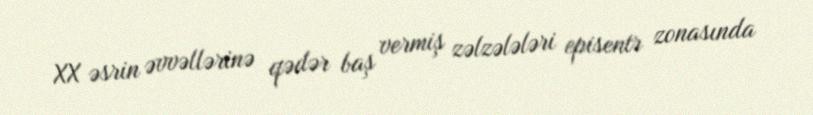
XX əsrin əvvəllərinə qədər baş vermiş zəlzələləri episentr zonasında